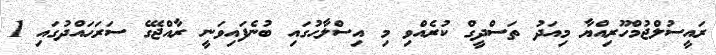
ރައީސުލްޖުމްހޫރިއްޔާ މިއަދު ތަސްދީގް ކުރެއްވި މި އިސްލާޙުގައި ބުނެފައިވަނީ ރާއްޖޭގެ ސަރަޙައްދުގައި 1